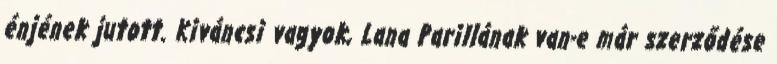
énjének jutott. Kiváncsi vagyok, Lana Parillának van-e már szerződése